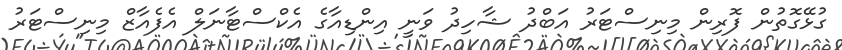
ގުޅޭގޮތުން ފޮރިން މިނިސްޓަރު އަބްދު ޝާހިދު ވަނީ އިންޑިއާގެ އެކްސްޓާނަލް އެފެއާޒް މިނިސްޓަރު